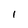
Character: 1